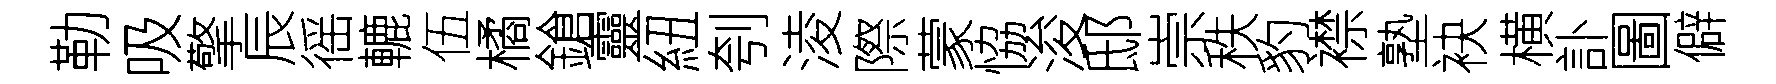
勒吸擎辰徭轆伍橘鎗靈紐刳淩際蒙恊浚邸崇秩豹襟塾袂横訃圖僻